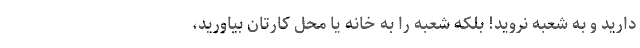
‌دارید و به شعبه نروید! بلکه شعبه را به خانه یا محل کارتان بیاورید،